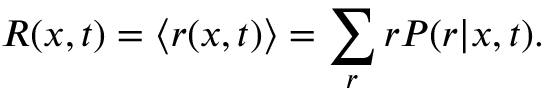
R ( x , t ) = \langle { r ( x , t ) } \rangle { } = \sum _ { r } r P ( r | x , t ) .